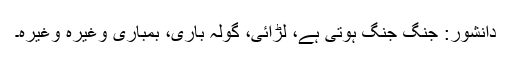
دانشور: جنگ جنگ ہوتی ہے، لڑائی، گولہ باری، بمباری وغیرہ وغیرہ۔